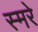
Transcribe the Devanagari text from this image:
स्मरे